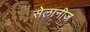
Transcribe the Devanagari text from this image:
सेलानीज